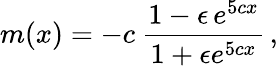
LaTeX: m(x)=-c~\frac{1-\epsilon\, e^{5cx}}{1+\epsilon e^{5cx}}\, ,